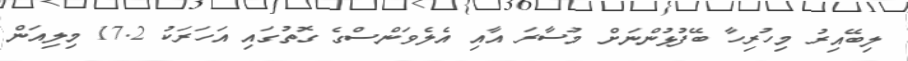
ލިބޭއިރު މިހުރިހާ ބޭފުޅުންނަށް މުސާރަ އާއި އެލެވަންސްގެ ގޮތުގައި އަހަރަކު 17.2 މިލިއަން